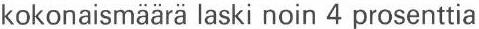
kokonaismäärä laski noin 4 prosenttia